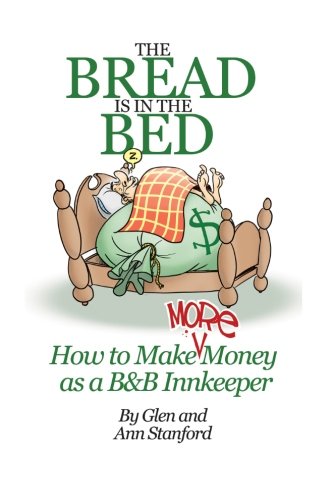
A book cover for The Bread Is In The Bed: How to make (more) money as a B&B or Guest House Innkeeper; Glen Stanford; Business & Money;